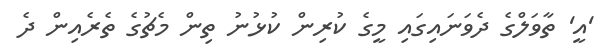
'އީ' ތާވަލްގެ ދެވަނައިގައި މީގެ ކުރިން ކުޅުނު ތިން މެޗުގެ ތެރެއިން ދެ